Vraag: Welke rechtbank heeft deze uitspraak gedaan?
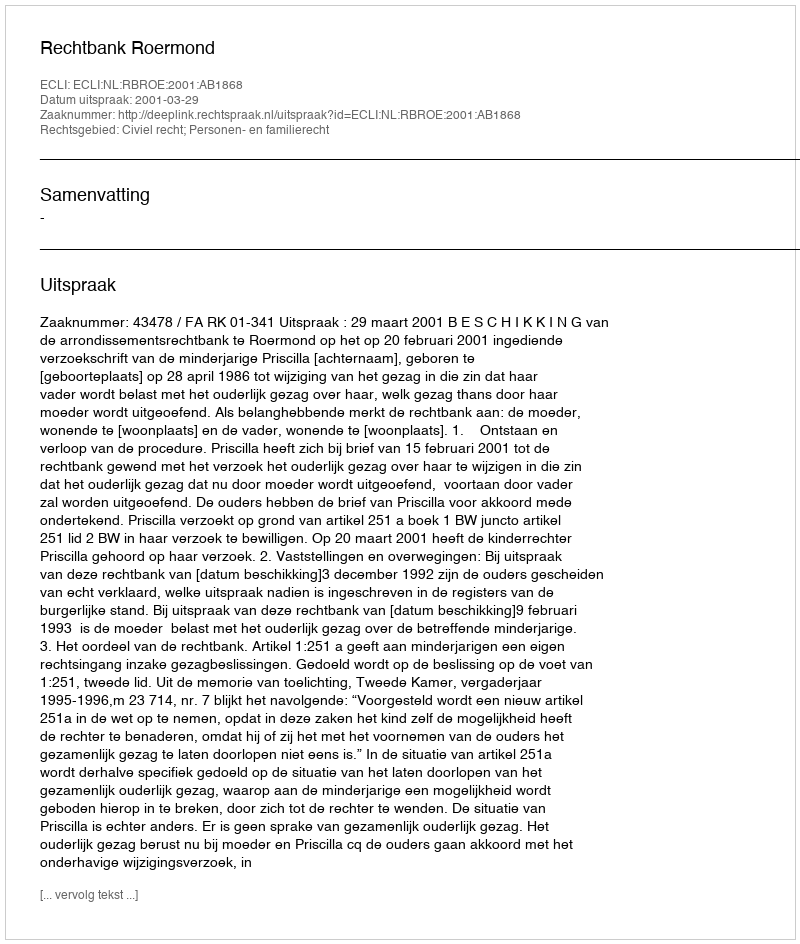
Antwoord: Rechtbank Roermond